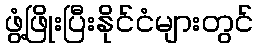
ဖွံ့ဖြိုးပြီးနိုင်ငံများတွင်